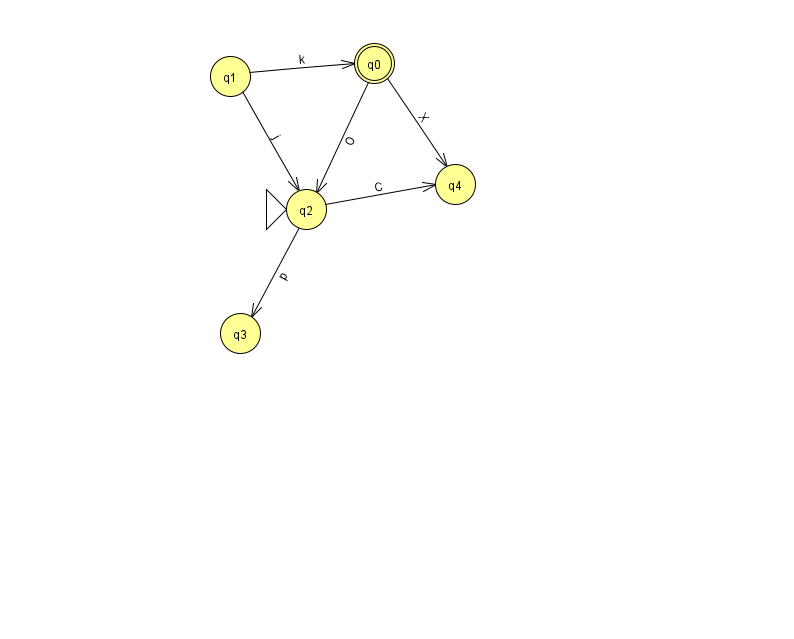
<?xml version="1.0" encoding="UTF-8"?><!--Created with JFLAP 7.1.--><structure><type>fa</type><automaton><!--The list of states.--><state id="0" name="q0"><x>374.0</x><y>50.0</y><final/></state><state id="1" name="q1"><x>230.0</x><y>63.0</y></state><state id="2" name="q2"><x>306.0</x><y>196.0</y><initial/></state><state id="3" name="q3"><x>240.0</x><y>320.0</y></state><state id="4" name="q4"><x>455.0</x><y>171.0</y></state><!--The list of transitions.--><transition><from>2</from><to>4</to><read>C</read></transition><transition><from>0</from><to>2</to><read>O</read></transition><transition><from>1</from><to>2</to><read>j</read></transition><transition><from>2</from><to>3</to><read>p</read></transition><transition><from>0</from><to>4</to><read>X</read></transition><transition><from>1</from><to>0</to><read>k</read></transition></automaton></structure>